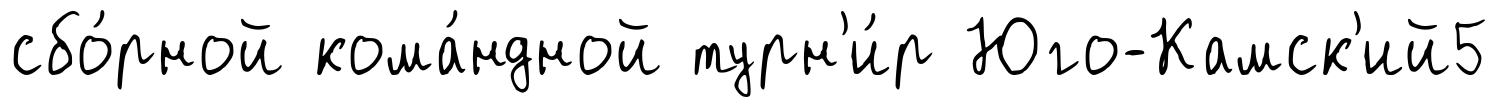
сбо́рной кома́ндной турн'и́р Юго-Камск'ий5